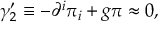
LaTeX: \gamma _ { 2 } ^ { \prime } \equiv - \partial ^ { i } \pi _ { i } + g \pi \approx 0 ,